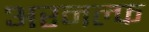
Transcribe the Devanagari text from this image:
अरनल्फ